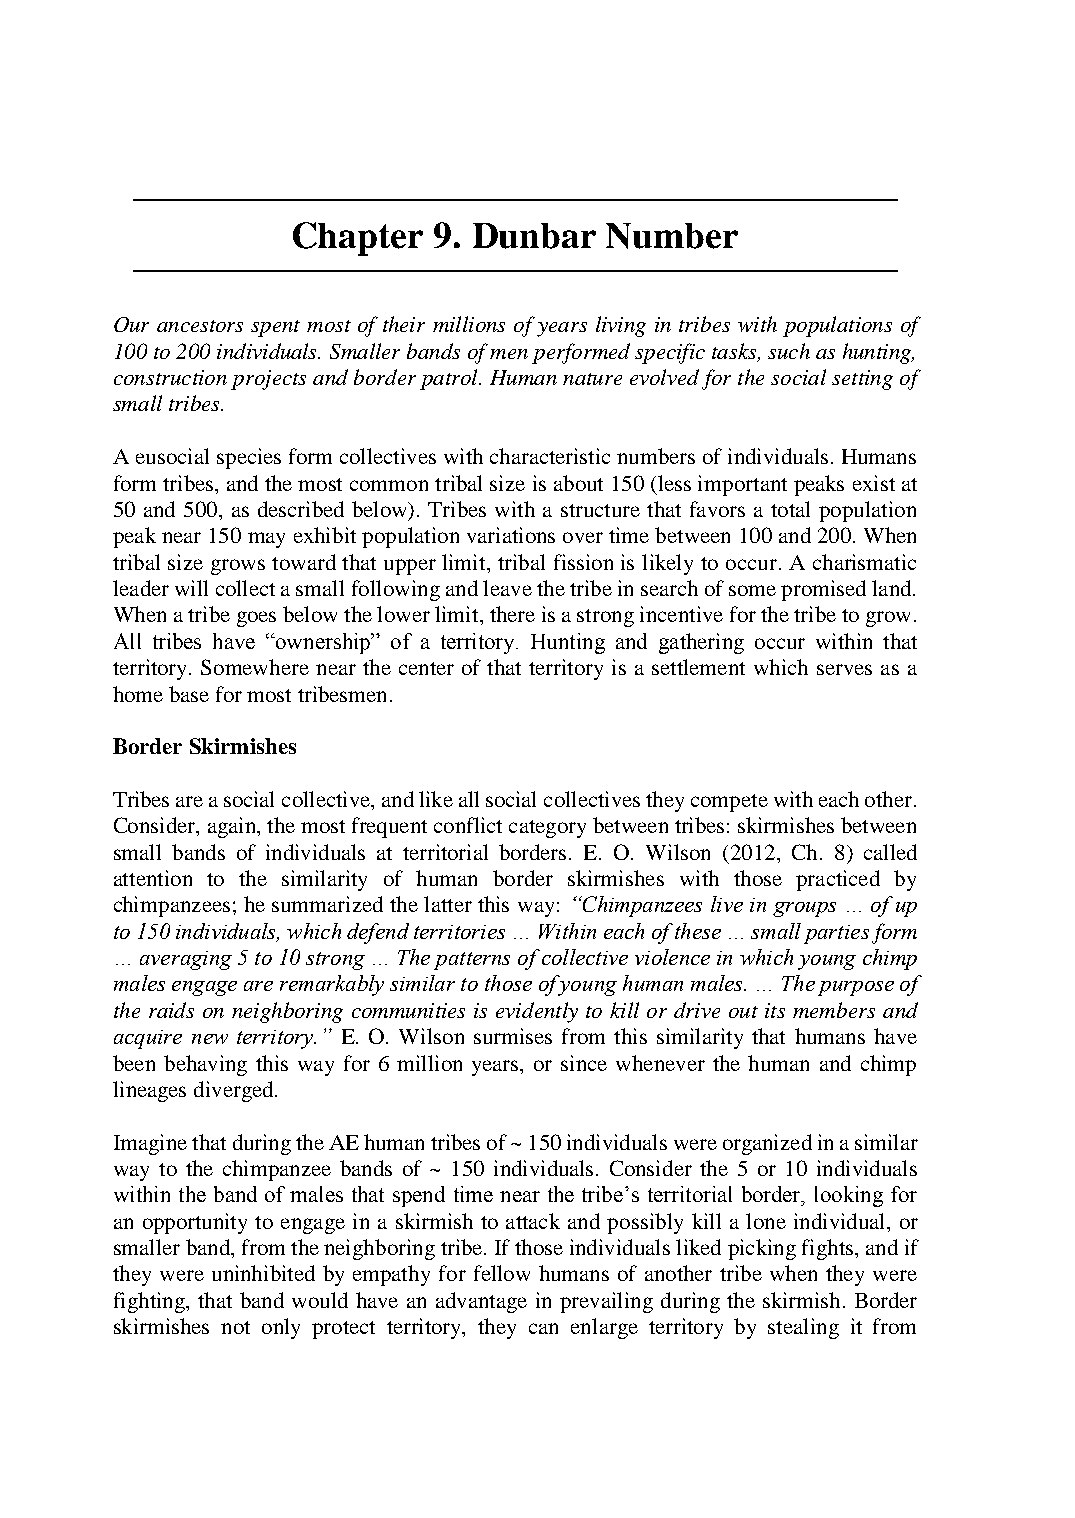
───────────────────────────────────────────────────
 Chapter   9. Dunbar  Number
 ───────────────────────────────────────────────────
 Our ancestors spent most of their millions of years living in tribes with populations of
 100 to 200 individuals. Smaller bands of men performed specific tasks, such as hunting,
 construction projects and border patrol. Human nature evolved for the social setting of
 small tribes.
 A eusocial species form collectives with characteristic numbers of individuals. Humans
 form tribes, and the most common tribal size is about 150 (less important peaks exist at
 50 and 500, as described below). Tribes with a structure that favors a total population
 peak near 150 may exhibit population variations over time between 100 and 200. When
 tribal size grows toward that upper limit, tribal fission is likely to occur. A charismatic
 leader will collect a small following and leave the tribe in search of some promised land.
 When a tribe goes below the lower limit, there is a strong incentive for the tribe to grow.
 All tribes have “ownership” of a territory. Hunting and gathering occur within that
 territory. Somewhere near the center of that territory is a settlement which serves as a
 home base for most tribesmen.
 Border Skirmishes
 Tribes are a social collective, and like all social collectives they compete with each other.
 Consider, again, the most frequent conflict category between tribes: skirmishes between
 small bands of individuals at territorial borders. E. O. Wilson (2012, Ch. 8) called
 attention to the similarity of human border skirmishes with those practiced by
 chimpanzees; he summarized the latter this way: “Chimpanzees live in groups … of up
 to 150 individuals, which defend territories … Within each of these … small parties form
 … averaging 5 to 10 strong … The patterns of collective violence in which young chimp
 males engage are remarkably similar to those of young human males. … The purpose of
 the raids on neighboring communities is evidently to kill or drive out its members and
 acquire new territory.” E. O. Wilson surmises from this similarity that humans have
 been behaving this way for 6 million years, or since whenever the human and chimp
 lineages diverged.
 Imagine that during the AE human tribes of ~ 150 individuals were organized in a similar
 way to the chimpanzee bands of ~ 150 individuals. Consider the 5 or 10 individuals
 within the band of males that spend time near the tribe’s territorial border, looking for
 an opportunity to engage in a skirmish to attack and possibly kill a lone individual, or
 smaller band, from the neighboring tribe. If those individuals liked picking fights, and if
 they were uninhibited by empathy for fellow humans of another tribe when they were
 fighting, that band would have an advantage in prevailing during the skirmish. Border
 skirmishes not only protect territory, they can enlarge territory by stealing it from